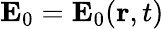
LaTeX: \mathbf{E}_{0}=\mathbf{E}_{0}(\mathbf{r},t)